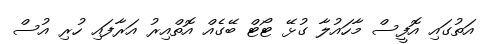
އަތުގައި އޮފީސް މާހައުލާ ގުޅޭ ޓޯޓް ބޭގެއް އޮތްއިރު އަރާފައި ހުރި އުސް